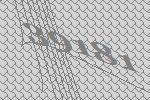
39181